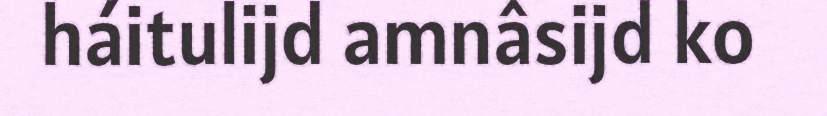
háitulijd amnâsijd ko